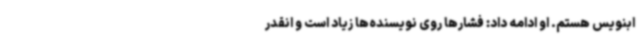
ابنویس هستم. او ادامه داد: فشارها روی نویسنده‌ها زیاد است و انقدر